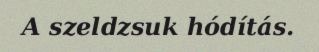
A szeldzsuk hódítás.